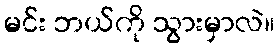
မင်း ဘယ်ကို သွားမှာလဲ။